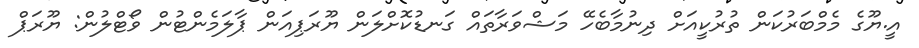
އީ.ޔޫގެ މެމްބަރުކަން ތުރުކީއަށް ދިނުމާބެހޭ މަޝްވަރާތައް ގަނޑުކޮށްލަން ޔޫރަޕިއަން ޕާލަމެންޓުން ވޯޓްލުން: ޔޫރަޕް